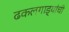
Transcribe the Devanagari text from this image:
ढकलगाड्यांची